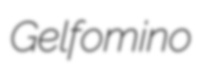
Gelfomino